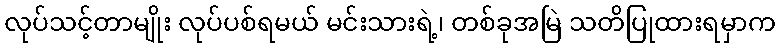
လုပ်သင့်တာမျိုး လုပ်ပစ်ရမယ် မင်းသားရဲ့၊ တစ်ခုအမြဲ သတိပြုထားရမှာက